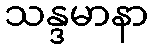
သန္ဒမာနာ